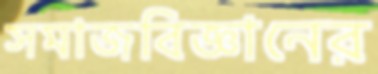
সমাজবিজ্ঞানের